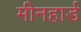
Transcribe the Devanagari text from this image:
मीनहार्ड